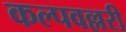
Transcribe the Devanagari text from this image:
कल्पवल्लरी